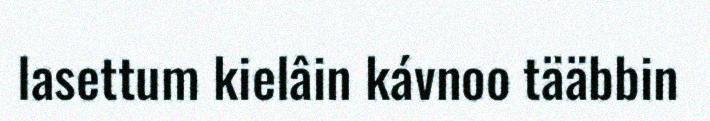
lasettum kielâin kávnoo tääbbin